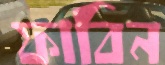
ফাবিন